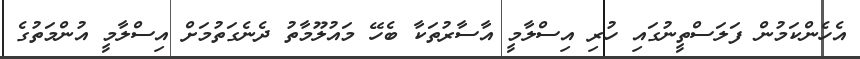
އެހެންކަމުން ފަލަސްތީނުގައި ހުރި އިސްލާމީ އާސާރުތަކާ ބެހޭ މައުލޫމާތު ދެނެގަތުމަށް އިސްލާމީ އުންމަތުގެ